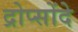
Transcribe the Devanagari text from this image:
द्रोप्सोंदे